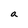
Character: a